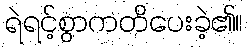
ရဲရင့်စွာကတိပေးခဲ့၏။